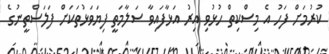
ކުރުމަށް ފަހު އެ މިސްކިތް ހުޅުވި އިރު އަޅާފައިވާ ސަލާމަތީ ފިޔަވަޅުތަކަށް ފަލަސްތީނުގެ